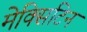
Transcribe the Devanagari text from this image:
मेक्सिटिन